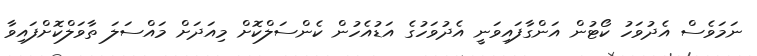
ނަމަވެސް އެދުވަހު ކޯޓުން އަންގާފައިވަނީ އެދުވަހުގެ އަޑުއެހުން ކެންސަލްކޮށް މިއަދަށް މައްސަލަ ތާވަލްކޮށްފައިވާ